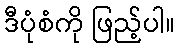
ဒီပုံစံကို ဖြည့်ပါ။